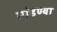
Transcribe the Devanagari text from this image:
मांडण्या